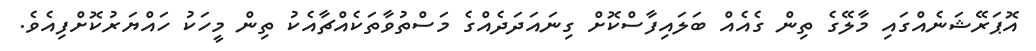
އޮޕަރޭޝަނެއްގައި މާލޭގެ ތިން ގެއެއް ބަލައިފާސްކޮށް ގިނައަދަދެއްގެ މަސްތުވާތަކެއްޗާއެކު ތިން މީހަކު ހައްޔަރުކޮށްފިއެވެ.